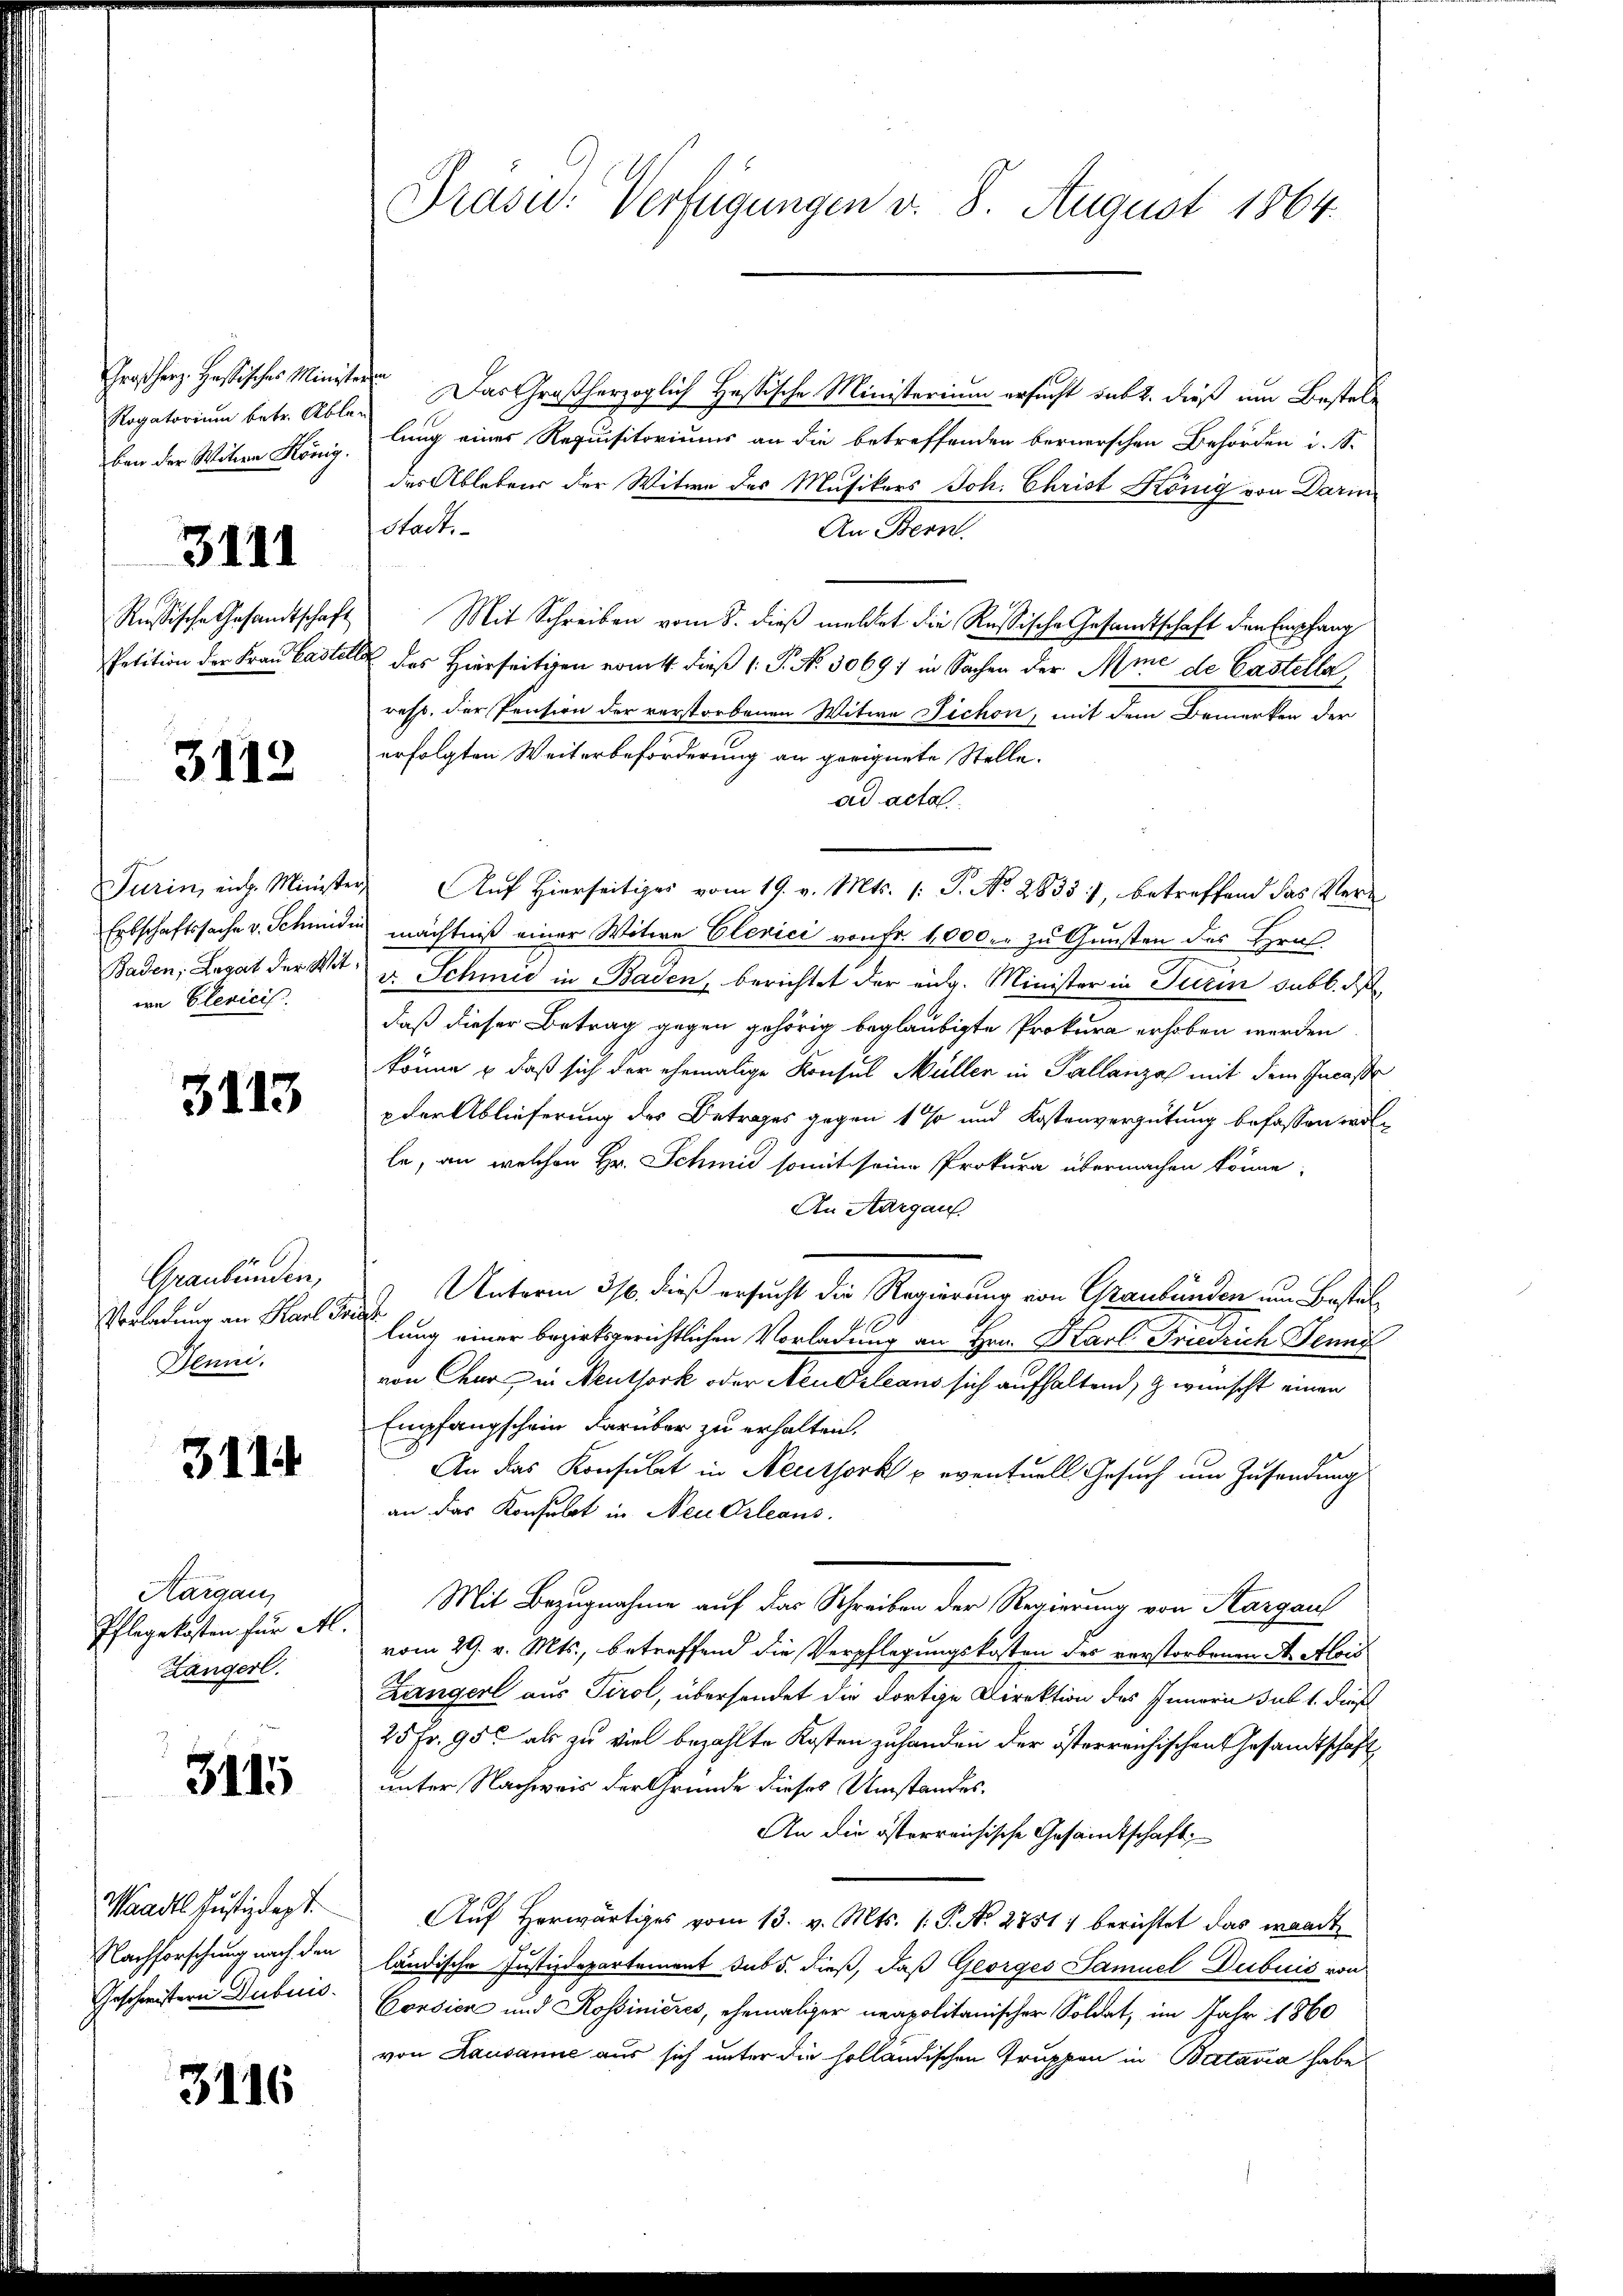
Großherz. Hastisches Ministr
Rogatorium betr. Ablen
ben der Willen König.
3111
Rußische Gesandtschaft
Petition der Frau Castet

3112

wa Clevicis.

3113

Graubünden,
Vorladung an Karl Bo¬
Jenni.

3114

Aargau,
Pflegekosten für Al.
Zängerl.

3115

Waadt Justizdept.
Nachforschung nach den
Geschwistern Subuis.

3116

Präsid. Verfügungen v. 8. August 1864.

ter. Das Großherzoglich Hassische Ministerium ersucht sub 2. dieß im Bestellung eines Requisitoriums an die betreffenden bernerschen Behörden i. S.
des Ablebens der Witwe des Musikers Joh. Christ König von Darin
stadt.
An Bern.
Mit Schreiben vom 8. dieß mellet die Russische Gesandtschaft den Empfang
A des Hierseitigen vom 4. dieß P. Nr. 30691 in Sachen der Mine de Castella
resp. der Pention der verstorbenen Witwe Sichen, mit dem Bemerken der
erfolgten Weiterbeförderung an geeignete Stelle.
ad acta
Turin, eich. Minister Auf Hierseitiges vom 19. v. Mts. (: P. No. 2835), betreffend das Ver
Erbschaftssache v. Schmiden mächtniß einer Witwe Clevici von Fr. 1,000 er zu Gunsten des Hrn
Baden, Legat der Wit- u. Schmid in Baden, berichtet der eidg. Minister in Turin subb. P
daß dieser Betrag gegen gehörig beglaubigte Prokura erhoben werden
könne & daß sich der ehemalige Konsul Müller in Pallanzal mit dem Incasse
pder Ablieferung des Betrages gegen 1 % und Kostenvergütung befassen wolle, an welchen Hr. Schmid somit seine Prokura übermachen könne,
An Aargau
Unterm 316. dieß ersucht die Regierung von Graubünden um Bestel
gt
lung einer bezirksgerichtlichen Vorladung an Hrn. Karl Friedrich Jenny
von Chur in Neuthork oder Neudrleans sich aufhaltend, & wünscht einen
Empfangschein darüber zu erhalten.
An das Konsulat in Neuthork u. eventuell Gesuch um Zusendung
an das Konsulat in Neu Orleans
Mit Bezugnahme auf das Schreiben der Regierung von Kargau
vom 29. v. Mts., betreffend die Verpflegungskosten des verstorbenen A. Alois
Zängerl aus Tirol, übersendet die dortige Direktion des Innern sub 1. dieß
25 Fr. 95. als zu viel bezahlte Kosten zuhanden der österreichischen Gesandtschaft
unter Nachweis der Grunde dieses Umstandes,
An die österreichische Gesandtschaft
Auf Herwärtiges vom 13. v. Mts. (: P. No 2751 berichtet das waadt
ländische Justizdepartement sub 5. dieß, daß Georges Samuel Dubuis von
Corsien und Rossinieres, ehemaliger neapolitanischer Soldat, im Jahr 1860
von Lausanne aus sich unter die holländischen Truppen in Batavia habe